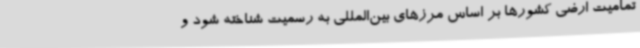
تمامیت ارضی کشورها بر اساس مرزهای بین‌المللی به رسمیت شناخته شود و